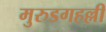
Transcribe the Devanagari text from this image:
मुरुडगहल्ली